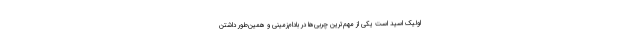
اولیک اسید است یکی از مهم‌ترین چربی‌ها در بادام‌زمینی و همین‌طور داشتن